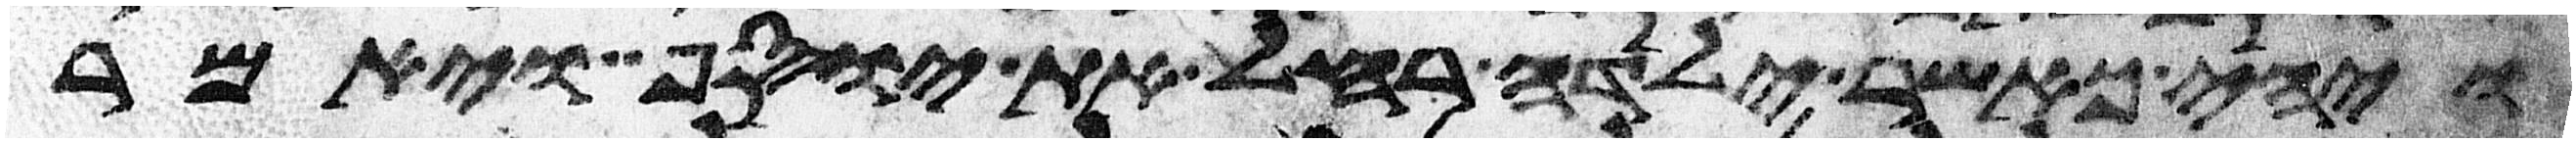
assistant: ויהי כאשר ילדה רחל את יוסף ויאמר